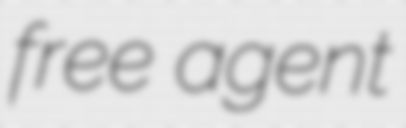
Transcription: free agent